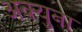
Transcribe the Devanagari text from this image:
अक्युना